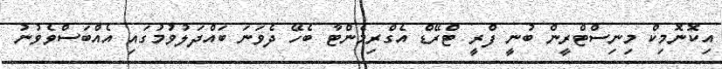
އިކޮނޮމިކް މިނިސްޓްރީން ބުނީ ފްރީ ޓްރޭޑް އެގްރިމެންޓާ ބެހޭ ދެވަނަ ބައްދަލުވުމުގައި އެއްބަސްވެވުނު